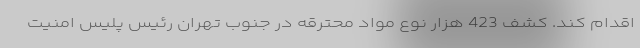
اقدام کند. کشف 423 هزار نوع مواد محترقه در جنوب تهران رئیس پلیس امنیت